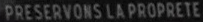
PRESERVONS-LA-PROPRE